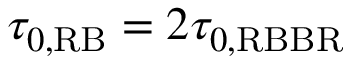
\tau _ { 0 , \mathrm { R B } } = 2 \tau _ { 0 , \mathrm { R B B R } }